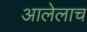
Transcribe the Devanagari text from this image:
आलेलाच